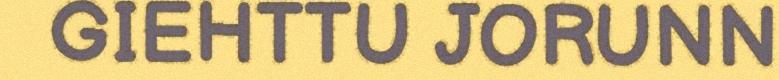
GIEHTTU JORUNN